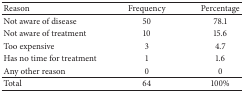
<table><thead><tr><td><b>Reason</b></td><td><b>Frequency</b></td><td><b>Percentage</b></td></tr></thead><tbody><tr><td>Not aware of disease</td><td>50</td><td>78.1</td></tr><tr><td>Not aware of treatment</td><td>10</td><td>15.6</td></tr><tr><td>Too expensive</td><td>3</td><td>4.7</td></tr><tr><td>Has no time for treatment</td><td>1</td><td>1.6</td></tr><tr><td>Any other reason</td><td>0</td><td>0</td></tr><tr><td>Total</td><td>64</td><td>100%</td></tr></tbody></table>